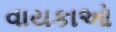
વાયકાઓ